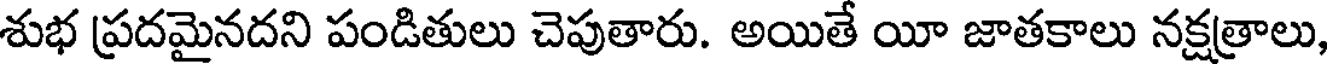
శుభ ప్రదమైనదని పండితులు చెపుతారు. అయితే యీ జాతకాలు నక్షత్రాలు,